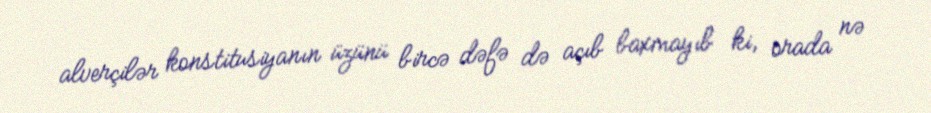
alverçilər konstitusiyanın üzünü bircə dəfə də açıb baxmayıb ki, orada nə